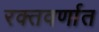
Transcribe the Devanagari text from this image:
रक्तवर्णात